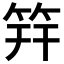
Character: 筓